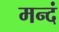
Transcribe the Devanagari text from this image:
मन्दं